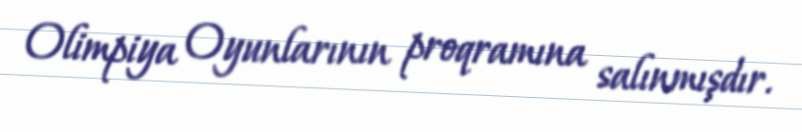
Olimpiya Oyunlarının proqramına salınmışdır.